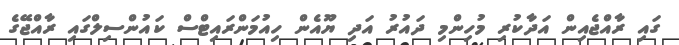
ގައި ރާއްޖެއިން އަދާކުރި މުހިންމި ދައުރު އަދި ޔޫއެން ހިއުމަންރައިޓްސް ކައުންސިލްގައި ރާއްޖޭގެ